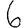
Digit: 6